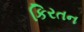
કિરતન